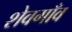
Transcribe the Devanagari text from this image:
शेवगाँव